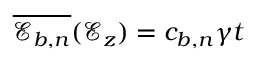
\overline { { \mathscr { E } _ { b , n } } } ( \mathcal { E } _ { z } ) = c _ { b , n } \gamma t